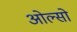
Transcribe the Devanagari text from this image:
ओल्सो